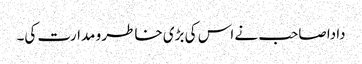
دادا صاحب نے اس کی بڑی خاطر و مدارت کی۔